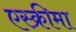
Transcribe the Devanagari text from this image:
एस्क्रीमा